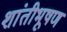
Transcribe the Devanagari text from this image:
शांतीभूषण